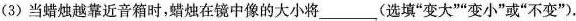
(3)当蜡烛越靠近音箱时，蜡烛在镜中像的大小将\underline(选填”变大””变小”或”不变”)。